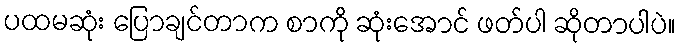
ပထမဆုံး ပြောချင်တာက စာကို ဆုံးအောင် ဖတ်ပါ ဆိုတာပါပဲ။